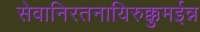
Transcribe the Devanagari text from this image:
सेवानिरतनायिरुक्कुमईन्न